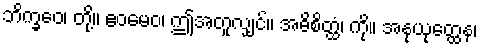
ဘိက္ခဝေ၊ တို့။ ဧဝမေဝ၊ ဤအတူလျှင်။ အဓိစိတ္ထံ၊ ကို။ အနုယုတ္ထေန၊